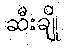
ဆီးချို